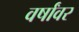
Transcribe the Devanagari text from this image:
वर्षांवर